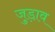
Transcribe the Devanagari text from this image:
जुड़ा़व